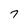
Character: 7